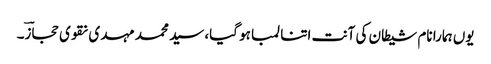
یوں ہمارا نام شیطان کی آنت اتنا لمبا ہو گیا، سید محمد مہدی نقوی حجازؔ۔